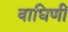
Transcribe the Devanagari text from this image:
वाघिणीं